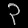
Digit: ၃